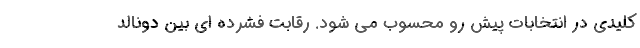
کلیدی در انتخابات پیش رو محسوب می شود. رقابت فشرده ای بین دونالد